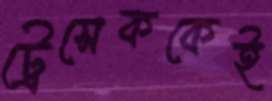
ট্রেসেককেই